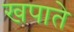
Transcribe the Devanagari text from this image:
खपाते